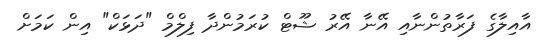
އާއިލާގެ ފަރާތުންނާއި އޭނާ އޭރު ޝޫޓް ކުރަމުންދާ ފިލްމް "ދަޅަކް" އިން ކަމަށް